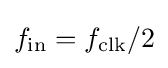
f_{\mathrm {in} }={f_{\mathrm {clk} }}/{2}